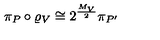
\pi _ { P } \circ \varrho _ { V } \cong 2 ^ { \frac { M _ { V } } { 2 } } \pi _ { P ^ { \prime } }